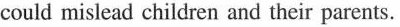
could mislead children and their parents.